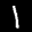
Label: 1